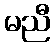
မညီ